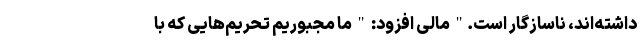
داشته‌اند، ناسازگار است." مالی افزود: " ما مجبوریم تحریم‌هایی که با